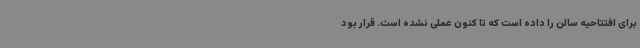
برای افتتاحیه سالن را داده است که تا کنون عملی نشده است. قرار بود